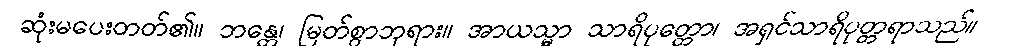
ဆုံးမပေးတတ်၏။ ဘန္တေ၊ မြတ်စွာဘုရား။ အာယသ္မာ သာရိပုတ္တော၊ အရှင်သာရိပုတ္တရာသည်။